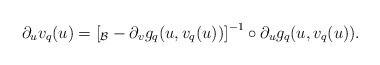
LaTeX: \begin{align*}\partial_uv_q(u)=\left[_\mathcal B-\partial_vg_q(u,v_q(u))\right]^{-1}\circ\partial_ug_q(u,v_q(u)).\end{align*}